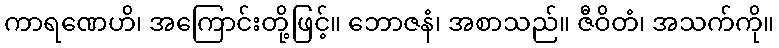
ကာရဏေဟိ၊ အကြောင်းတို့ဖြင့်။ ဘောဇနံ၊ အစာသည်။ ဇီဝိတံ၊ အသက်ကို။